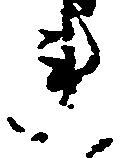
連